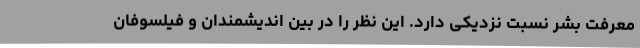
معرفت بشر نسبت نزدیکی دارد. این نظر را در بین اندیشمندان و فیلسوفان